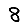
Digit: 8